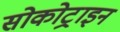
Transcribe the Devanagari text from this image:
सोकोट्राइन